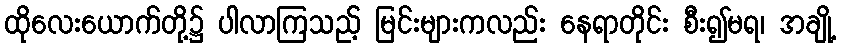
ထိုလေးယောက်တို့၌ ပါလာကြသည့် မြင်းများကလည်း နေရာတိုင်း စီး၍မရ၊ အချို့